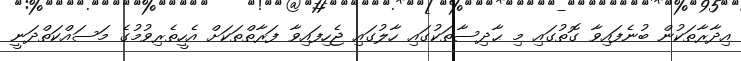
އިދާރާތަކުން ބުނެފައިވާ ގޮތުގައި މި ޙާދިސާތަކުގައި ހާލުގައި ޖެހިފައިވާ ފަރާތްތަކަށް އެހީތެރިވުމުގެ މަސައްކަތްދަނީ